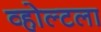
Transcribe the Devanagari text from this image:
व्होल्टला